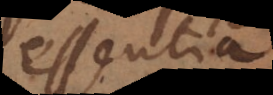
essentia